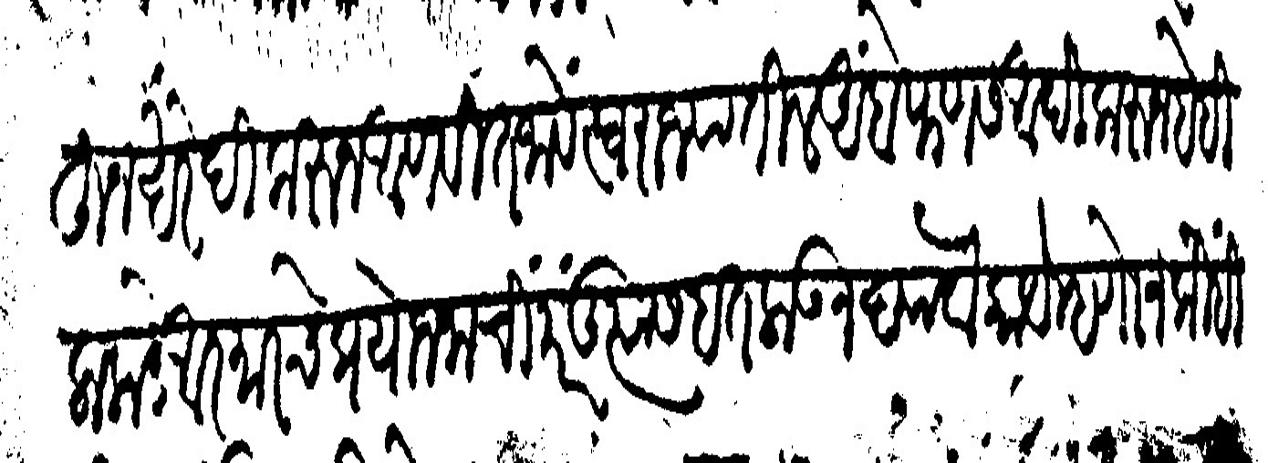
Transliteration (Devanagari): मूलकीहून खरेदी करून आणवीत जावें स्वराज्यातील अंबे फणस आदीकरून हे ही लाकडें आरमारचे प्रयोजनाचीं परंतू त्यास हात लाऊ न द्यावा काये म्हणोन की ही